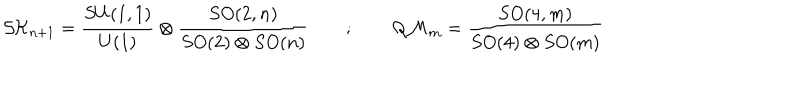
{ \cal S K } _ { n + 1 } = \frac { S U ( 1 , 1 ) } { U ( 1 ) } \otimes \frac { S O ( 2 , n ) } { S O ( 2 ) \otimes S O ( n ) } \quad \quad ; \quad \quad { \cal Q M } _ { m } = \frac { S O ( 4 , m ) } { S O ( 4 ) \otimes S O ( m ) }